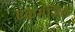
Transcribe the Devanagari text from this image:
एकमंजिले